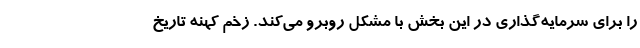
را برای سرمایه‌گذاری در این بخش با مشکل روبرو می‌کند. زخم کهنه تاریخ